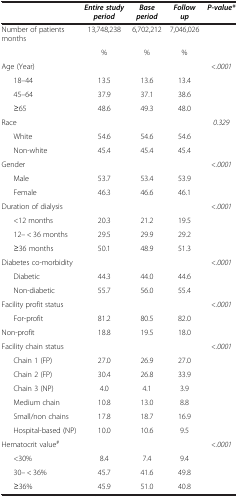
|  | Entire study period | Base period | Follow up | P-value* |
 | --- | --- | --- | --- | --- |
 | Number of patients months | 13,748,238 | 6,702,212 | 7,046,026 |  |
 |  | % | % | % |  |
 | Age (Year) |  |  |  | <.0001 |
 | 18–44 | 13.5 | 13.6 | 13.4 |  |
 | 45–64 | 37.9 | 37.1 | 38.6 |  |
 | ≥65 | 48.6 | 49.3 | 48.0 |  |
 | Race |  |  |  | 0.329 |
 | White | 54.6 | 54.6 | 54.6 |  |
 | Non-white | 45.4 | 45.4 | 45.4 |  |
 | Gender |  |  |  | <.0001 |
 | Male | 53.7 | 53.4 | 53.9 |  |
 | Female | 46.3 | 46.6 | 46.1 |  |
 | Duration of dialysis |  |  |  | <.0001 |
 | <12 months | 20.3 | 21.2 | 19.5 |  |
 | 12– < 36 months | 29.5 | 29.9 | 29.2 |  |
 | ≥36 months | 50.1 | 48.9 | 51.3 |  |
 | Diabetes co-morbidity |  |  |  | <.0001 |
 | Diabetic | 44.3 | 44.0 | 44.6 |  |
 | Non-diabetic | 55.7 | 56.0 | 55.4 |  |
 | Facility profit status |  |  |  | <.0001 |
 | For-profit | 81.2 | 80.5 | 82.0 |  |
 | Non-profit | 18.8 | 19.5 | 18.0 |  |
 | Facility chain status |  |  |  | <.0001 |
 | Chain 1 (FP) | 27.0 | 26.9 | 27.0 |  |
 | Chain 2 (FP) | 30.4 | 26.8 | 33.9 |  |
 | Chain 3 (NP) | 4.0 | 4.1 | 3.9 |  |
 | Medium chain | 10.8 | 13.0 | 8.8 |  |
 | Small/non chains | 17.8 | 18.7 | 16.9 |  |
 | Hospital-based (NP) | 10.0 | 10.6 | 9.5 |  |
 | Hematocrit value# |  |  |  | <.0001 |
 | <30% | 8.4 | 7.4 | 9.4 |  |
 | 30– < 36% | 45.7 | 41.6 | 49.8 |  |
 | ≥36% | 45.9 | 51.0 | 40.8 |  |